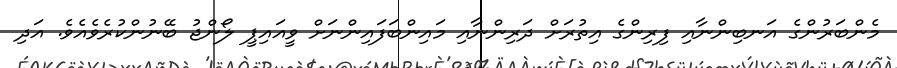
މެންބަރުންގެ އަނބިންނާއި ފިރިންގެ އިތުރަށް ދަރިންނާއި މައިންބަފައިންނަށް ވީއައިޕީ ލޯންޖު ބޭނުންކުރެވެއެވެ. އަދި